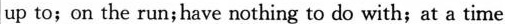
up to; on the run;have nothing to do with; at a time